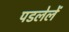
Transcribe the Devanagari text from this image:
पडलेलें